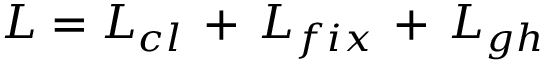
{ \cal L } = { \cal L } _ { c l } \, + \, { \cal L } _ { f i x } \, + \, { \cal L } _ { g h }